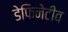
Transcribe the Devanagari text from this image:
डेफिनेटीव